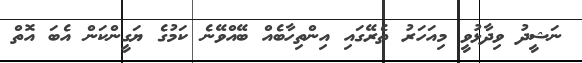
ނަޝީދު ވިދާޅުވީ މިއަހަރު ތެރޭގައި އިންތިހާބެއް ބޭއްވޭނެ ކަމުގެ ޔަގީންކަން އެބަ އޮތް